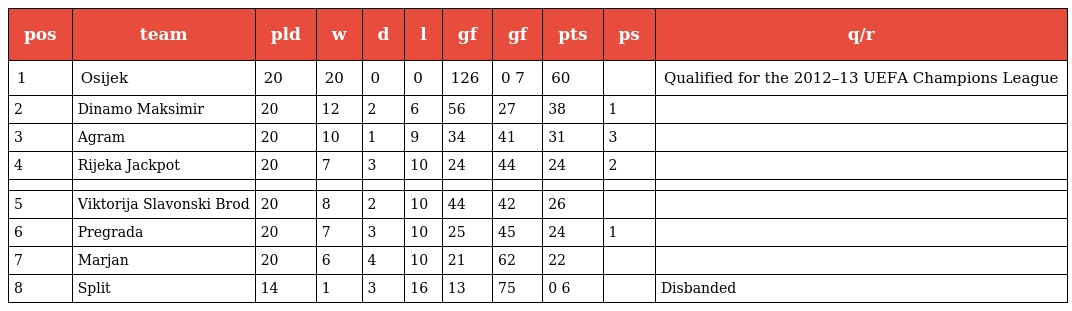
| pos | team | pld | w | d | l | gf | gf | pts | ps | q/r |
 | --- | --- | --- | --- | --- | --- | --- | --- | --- | --- | --- |
 | 1 | Osijek | 20 | 20 | 0 | 0 | 126 | 0 7 | 60 |  | Qualified for the 2012–13 UEFA Champions League |
 | 2 | Dinamo Maksimir | 20 | 12 | 2 | 6 | 56 | 27 | 38 | 1 |  |
 | 3 | Agram | 20 | 10 | 1 | 9 | 34 | 41 | 31 | 3 |  |
 | 4 | Rijeka Jackpot | 20 | 7 | 3 | 10 | 24 | 44 | 24 | 2 |  |
 |  |  |  |  |  |  |  |  |  |  |  |
 | 5 | Viktorija Slavonski Brod | 20 | 8 | 2 | 10 | 44 | 42 | 26 |  |  |
 | 6 | Pregrada | 20 | 7 | 3 | 10 | 25 | 45 | 24 | 1 |  |
 | 7 | Marjan | 20 | 6 | 4 | 10 | 21 | 62 | 22 |  |  |
 | 8 | Split | 14 | 1 | 3 | 16 | 13 | 75 | 0 6 |  | Disbanded |